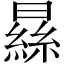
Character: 𣊡